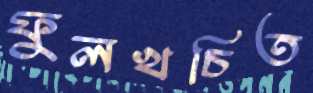
ফুলখচিত